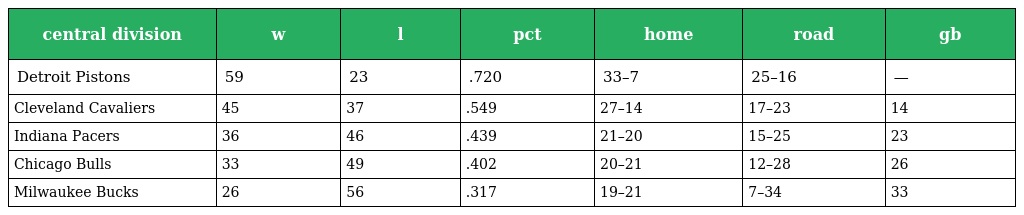
| central division | w | l | pct | home | road | gb |
 | --- | --- | --- | --- | --- | --- | --- |
 | Detroit Pistons | 59 | 23 | .720 | 33–7 | 25–16 | — |
 | Cleveland Cavaliers | 45 | 37 | .549 | 27–14 | 17–23 | 14 |
 | Indiana Pacers | 36 | 46 | .439 | 21–20 | 15–25 | 23 |
 | Chicago Bulls | 33 | 49 | .402 | 20–21 | 12–28 | 26 |
 | Milwaukee Bucks | 26 | 56 | .317 | 19–21 | 7–34 | 33 |